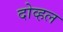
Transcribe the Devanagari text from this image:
दोव्हल